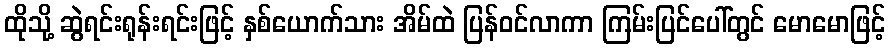
ထိုသို့ ဆွဲရင်းရုန်းရင်းဖြင့် နှစ်ယောက်သား အိမ်ထဲ ပြန်ဝင်လာကာ ကြမ်းပြင်ပေါ်တွင် မောမောဖြင့်